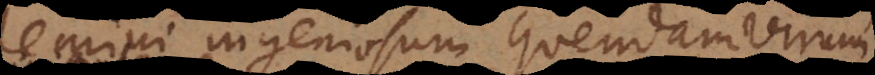
Memini ingeniosum quendam virum